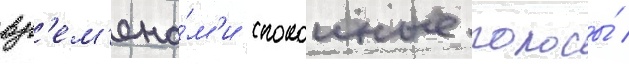
вр'ем'ена́м'и спокоиные полосы́ /